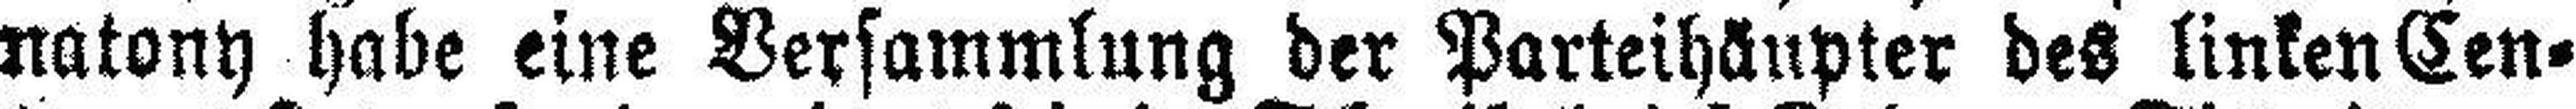
natony habe eine Versammlung der Parteihäupter des linken Cen¬